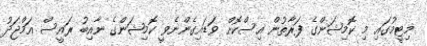
މިޓީމުގައި މި ކޮމިޝަންގެ ފަރާތުން އިސްކޮށް ވަޑައިގެންނެވީ ކޮމިޝަންގެ ނާއިބު ރައީސް އަމްޖަދު